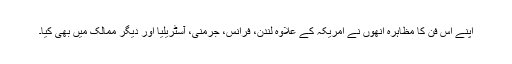
اپنے اس فن کا مظاہرہ انھوں نے امریکہ کے علاوہ لندن، فرانس، جرمنی، آسٹریلیا اور دیگر ممالک میں بھی کیا۔